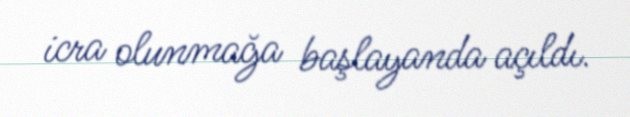
icra olunmağa başlayanda açıldı.